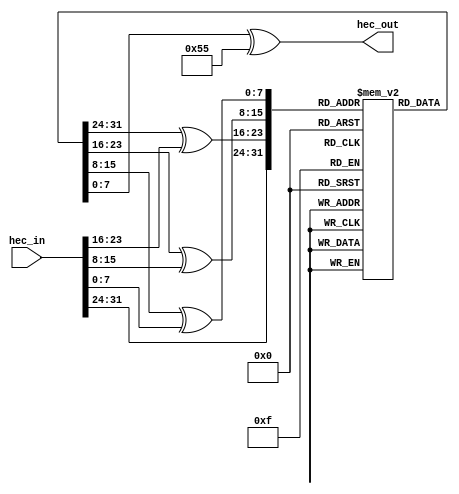
module hec_cal(
               hec_in ,
			   hec_out
               );

input   [31:0] hec_in  ;
output  [7:0]  hec_out ;

   //////////////////////////////////////////////////////////
   /////////// Generate the CRC-8 syndrom table /////////////
   //////////////////////////////////////////////////////////
   //CRC
   //81
   //initial4ROM
   reg  [7:0] syndrom[0:255];
   reg  [7:0] sndrm;

   integer    i ;
   initial begin

     for (i=0; i<256; i++) begin
	   sndrm = i;
	   repeat (8) begin
	     if (sndrm[7] == 1'b1)
              sndrm = (sndrm << 1) ^ 8'h07;
	     else
              sndrm = sndrm << 1;
	   end
	   syndrom[i] = sndrm;
     end
   end
  /* .................... CRC ................ */
  wire [31:0] hdr = hec_in;
  wire [7:0]  RtnCode0 = syndrom[hdr[31:24]];
  wire [7:0]  RtnCode1 = syndrom[RtnCode0 ^ hdr[23:16]];
  wire [7:0]  RtnCode2 = syndrom[RtnCode1 ^ hdr[15:8]];
  wire [7:0]  RtnCode3 = syndrom[RtnCode2 ^ hdr[7:0]];
  wire [7:0]  RtnCode = RtnCode3 ^ 8'h55;

  assign   hec_out = RtnCode ;


endmodule